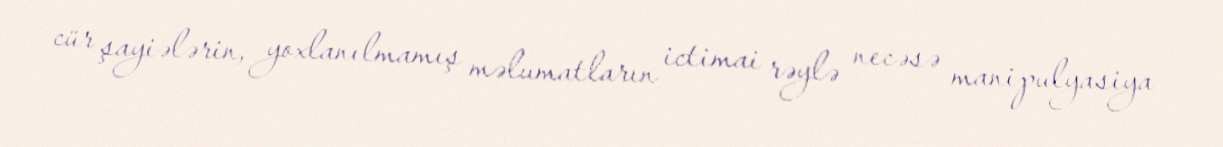
cür şayiələrin, yoxlanılmamış məlumatların ictimai rəylə necəsə manipulyasiya